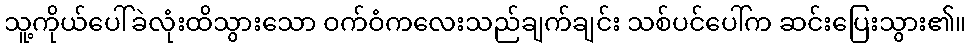
သူ့ကိုယ်ပေါ်ခဲလုံးထိသွားသော ဝက်ဝံကလေးသည်ချက်ချင်း သစ်ပင်ပေါ်က ဆင်းပြေးသွား၏။